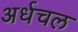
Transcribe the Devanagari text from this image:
अर्धचल